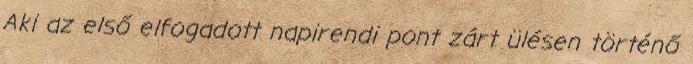
Aki az első elfogadott napirendi pont zárt ülésen történő